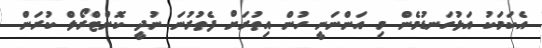
އެކަމަކު އަޅުގަނޑުމެން މި އަންނަނީ ހުން އިތުރަށް ފެތުރުނަ ނުދީ ކޮންޓްރޯލް ކުރަން